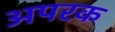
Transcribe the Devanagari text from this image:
अपरक